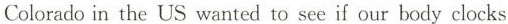
Colorado in the US wanted to see if our body clocks